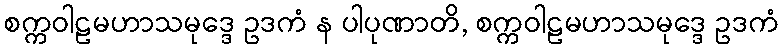
စက္ကဝါဠမဟာသမုဒ္ဒေ ဥဒကံ န ပါပုဏာတိ, စက္ကဝါဠမဟာသမုဒ္ဒေ ဥဒကံ